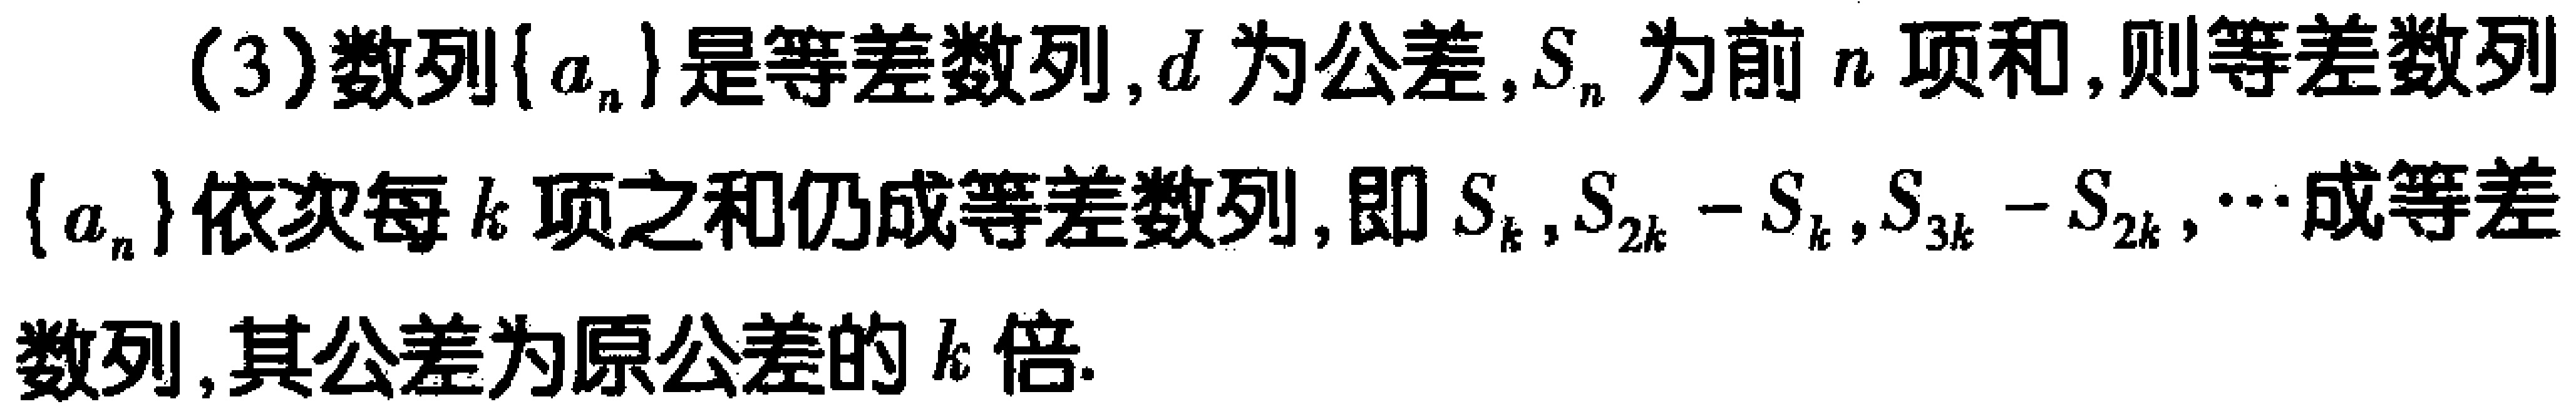
(3)数列\(\{ a_{n}\}\)是等差数列，\(d\)为公差，\(S_{n}\)为前\(n\)项和，则等差数列\(\{ a_{n}\}\)依次每\(k\)项之和仍成等差数列，即\(S_{k},S_{2k}-S_{k},S_{3k}-S_{2k},\cdots\)成等差数列，其公差为原公差的\(k^{2}\)倍.